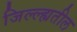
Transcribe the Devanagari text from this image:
जिल्ल्ह्यतील